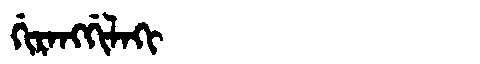
Manchu: ᡤᡳᡵᠠᠩᡤᡳᠯᠠᡴᡳ
Romanization: GIRANGGILAKI